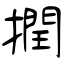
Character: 撋